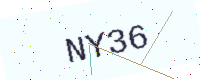
Text: NY36